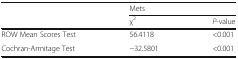
| <ROWSPAN=2>  | <COLSPAN=2> Mets |
 | χ2 | P-value |
 | --- | --- | --- |
 | ROW Mean Scores Test | 56.4118 | <0.001 |
 | Cochran-Armitage Test | −32.5801 | <0.001 |